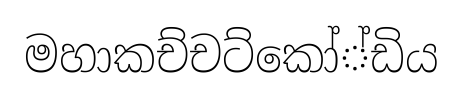
මහාකච්චට්කෝ්ඩිය